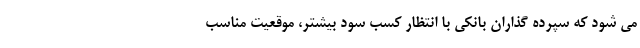
می شود که سپرده گذاران بانکی با انتظار کسب سود بیشتر، موقعیت مناسب